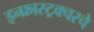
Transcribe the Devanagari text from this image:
इन्फ्रास्ट्रक्चरचे